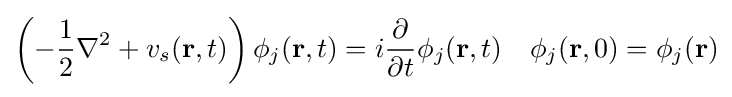
\left(-{\frac {1}{2}}\nabla ^{2}+v_{s}(\mathbf {r} ,t)\right)\phi _{j}(\mathbf {r} ,t)=i{\frac {\partial }{\partial t}}\phi _{j}(\mathbf {r} ,t)\ \ \ \phi _{j}(\mathbf {r} ,0)=\phi _{j}(\mathbf {r} )